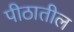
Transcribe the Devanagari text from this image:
पीठातील